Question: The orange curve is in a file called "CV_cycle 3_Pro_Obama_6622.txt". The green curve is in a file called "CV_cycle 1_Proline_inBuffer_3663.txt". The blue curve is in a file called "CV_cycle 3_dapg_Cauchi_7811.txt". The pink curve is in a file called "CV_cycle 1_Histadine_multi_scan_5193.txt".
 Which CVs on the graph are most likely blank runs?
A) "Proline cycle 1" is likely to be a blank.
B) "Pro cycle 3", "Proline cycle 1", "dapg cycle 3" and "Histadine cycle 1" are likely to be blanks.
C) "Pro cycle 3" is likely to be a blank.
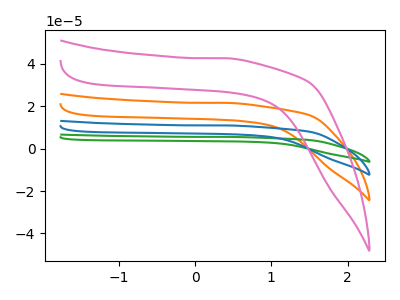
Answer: <think>The orange curve "Pro cycle 3" has no peaks. The green curve "Proline cycle 1" has no peaks. The blue curve "dapg cycle 3" has no peaks. The pink curve "Histadine cycle 1" has no peaks.</think>
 <answer>B) "Pro cycle 3", "Proline cycle 1", "dapg cycle 3" and "Histadine cycle 1" are likely to be blanks.</answer>
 <eval>B</eval>